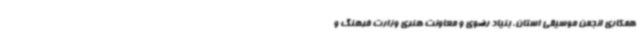
همکاری انجمن موسیقی استان، بنیاد رضوی و معاونت هنری وزارت فرهنگ و